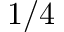
1 / 4